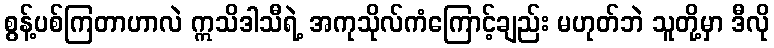
စွန့်ပစ်ကြတာဟာလဲ ဣသိဒါသီရဲ့ အကုသိုလ်ကံကြောင့်ချည်း မဟုတ်ဘဲ သူတို့မှာ ဒီလို